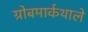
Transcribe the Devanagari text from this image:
ग्रोबमार्कथाले